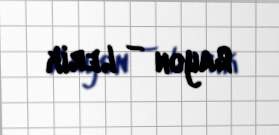
Rayon — Lerik